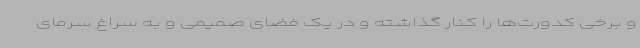
و برخی کدورت‌ها را کنار گذاشته و در یک فضای صمیمی و به سراغ سرمای